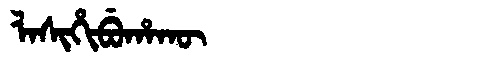
Manchu: ᠯᠠᠰᡳᡥᡳᠪᡠᡥᠠᡴᡡ
Romanization: LASIHIBUHAKŪ